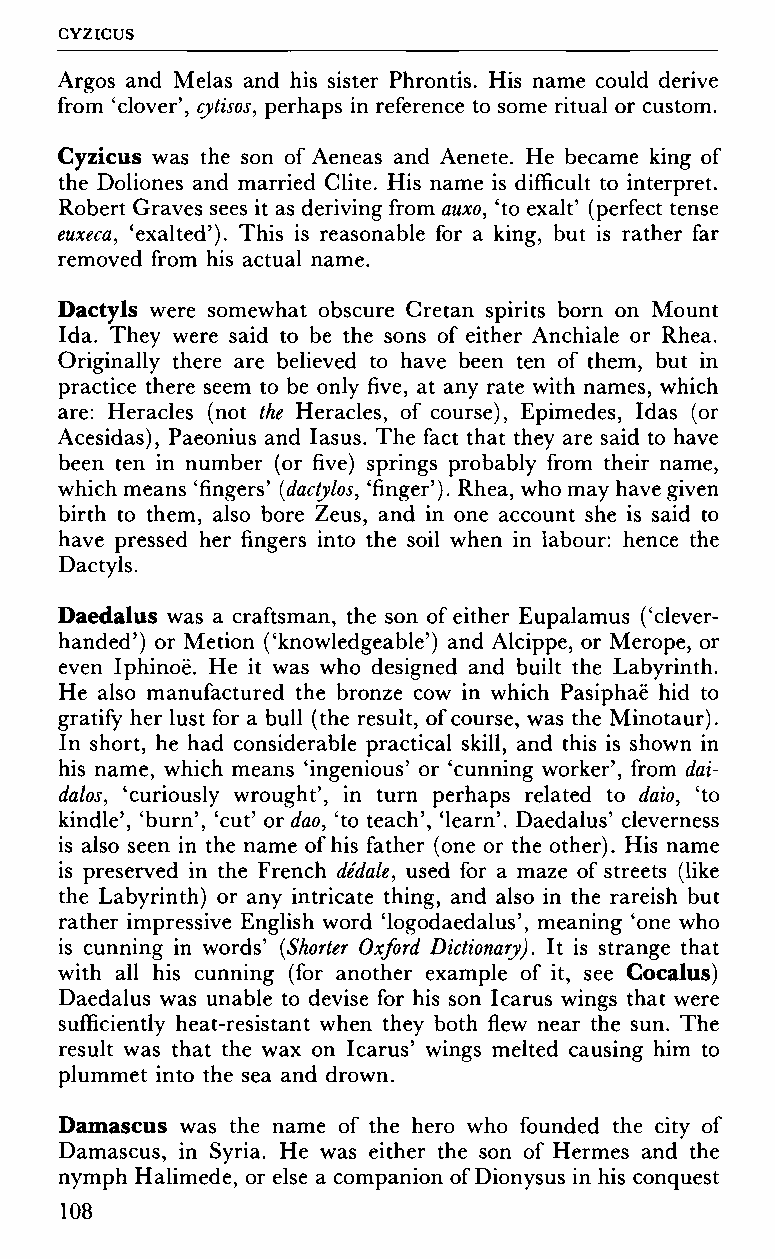
CYZICUS
 Argos and Melas and his sister Phrontis. His name could derive
 from 'clover', cytisos, perhaps in reference to some ritual or custom.
 Cyzicus was the son of Aeneas and Aenete. He became king of
 the Doliones and married Clite. His name is difficult to interpret.
 Robert Graves sees it as deriving from auxo, 'to exalt' (perfect tense
 euxeca, 'exalted'). This is reasonable for a king, but is rather far
 removed from his actual name.
 Dactyls were somewhat obscure Cretan spirits born on Mount
 Ida. They were said to be the sons of either Anchiale or Rhea.
 Originally there are believed to have been ten of them, but in
 practice there seem to be only five, at any rate with names, which
 are: Heracles (not the Heracles, of course), Epimedes, Idas (or
 Acesidas), Paeonius and Iasus. The fact that they are said to have
 been ten in number (or five) springs probably from their name,
 which means 'fingers' (dactylos, 'finger'). Rhea, who may have given
 birth to them, also bore Zeus, and in one account she is said to
 have pressed her fingers into the soil when in labour: hence the
 Dactyls.
 Daedalus was a craftsman, the son of either Eupalamus ('clever-
 handed') or Metion ('knowledgeable') and Alcippe, or Merope, or
 even Iphinoë. He it was who designed and built the Labyrinth.
 He also manufactured the bronze cow in which Pasiphaë hid to
 gratify her lust for a bull (the result, of course, was the Minotaur).
 In short, he had considerable practical skill, and this is shown in
 his name, which means 'ingenious' or 'cunning worker', from dai-
 dalos, 'curiously wrought', in turn perhaps related to daio, 'to
 kindle', 'burn', 'cut' or dao, 'to teach', 'learn'. Daedalus' cleverness
 is also seen in the name of his father (one or the other). His name
 is preserved in the French dédale, used for a maze of streets (like
 the Labyrinth) or any intricate thing, and also in the rareish but
 rather impressive English word 'logodaedalus', meaning 'one who
 is cunning in words' (Shorter Oxford Dictionary). It is strange that
 with all his cunning (for another example of it, see Cocalus)
 Daedalus was unable to devise for his son Icarus wings that were
 sufficiently heat-resistant when they both flew near the sun. The
 result was that the wax on Icarus' wings melted causing him to
 plummet into the sea and drown.
 Damascus was the name of the hero who founded the city of
 Damascus, in Syria. He was either the son of Hermes and the
 nymph Halimede, or else a companion of Dionysus in his conquest
 108